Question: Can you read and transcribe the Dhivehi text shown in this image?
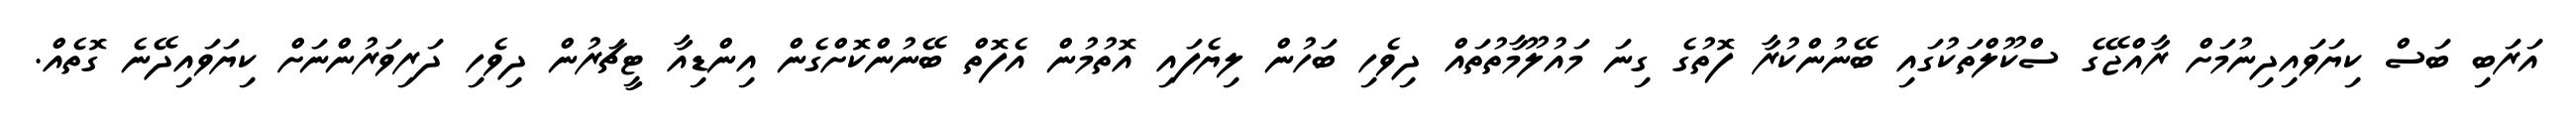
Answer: އަރަބި ބަސް ކިޔަވައިދިނުމަށް ރާއްޖޭގެ ސްކޫލްތަކުގައި ބޭނުންކުރާ ފޮތުގެ ގިނަ މައުލޫމާތުތައް ދިވެހި ބަހުން ލިޔެފައި އޮތުމުން އެފޮތް ބޭނުންކޮށްގެން އިންޑިއާ ޓީޗަރުން ދިވެހި ދަރިވަރުންނަށް ކިޔަވައިދޭނެ ގޮތެއް.